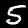
Label: 5